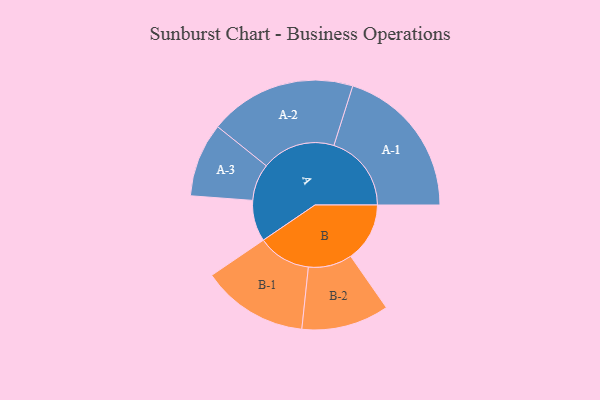
{"axis": {"x": "Segment", "y": "Value"}, "legend": ["", "A", "B"], "data": [{"x": "A", "y": 127, "type": ""}, {"x": "B", "y": 182, "type": ""}, {"x": "A-1", "y": 239, "type": "A"}, {"x": "A-2", "y": 227, "type": "A"}, {"x": "A-3", "y": 114, "type": "A"}, {"x": "B-1", "y": 164, "type": "B"}, {"x": "B-2", "y": 135, "type": "B"}]}